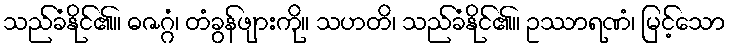
သည်ခံနိုင်၏။ ဓဇဂ္ဂံ၊ တံခွန်ဖျားကို။ သဟတိ၊ သည်ခံနိုင်၏။ ဥဿာရဏံ၊ မြင့်သော